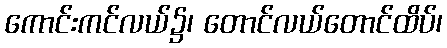
ကောင်းကင်လယ်၌၊ တောင်လယ်တောင်ထိပ်၊